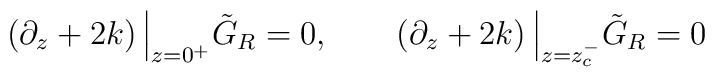
\left( \partial_z+2k \right) \Big\vert_{z=0^+}\tilde G_R=0,\qquad \left( \partial_z+2k \right) \Big\vert_{z=z_c^-}\tilde G_R=0